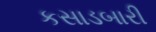
કસાડબારી